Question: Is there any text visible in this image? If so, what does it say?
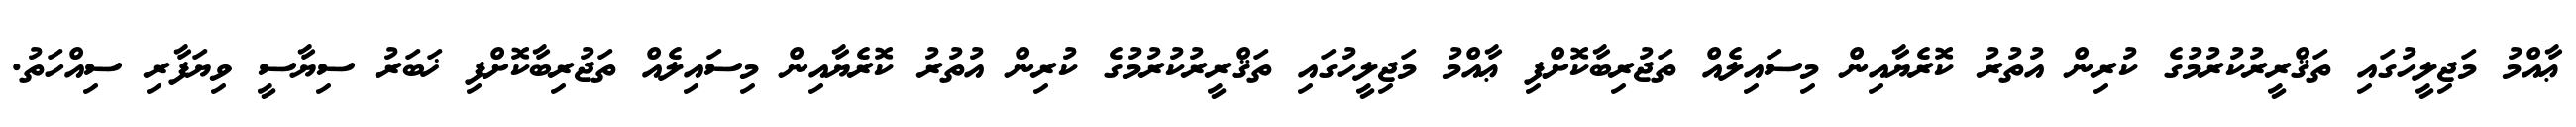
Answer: ޢާއްމު މަޖިލީހުގައި ތަޤްރީރުކުރުމުގެ ކުރިން އުތުރު ކޮރެޔާއިން މިސައިލެއް ތަޖުރިބާކޮށްފި ޢާއްމު މަޖިލީހުގައި ތަޤްރީރުކުރުމުގެ ކުރިން އުތުރު ކޮރެޔާއިން މިސައިލެއް ތަޖުރިބާކޮށްފި ޚަބަރު ސިޔާސީ ވިޔަފާރި ސިއްހަތު.